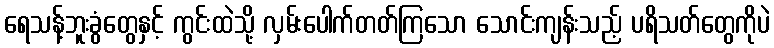
ရေသန့်ဘူးခွံတွေနှင့် ကွင်းထဲသို့ လှမ်းပေါက်တတ်ကြသော သောင်းကျန်းသည့် ပရိသတ်တွေကိုပဲ